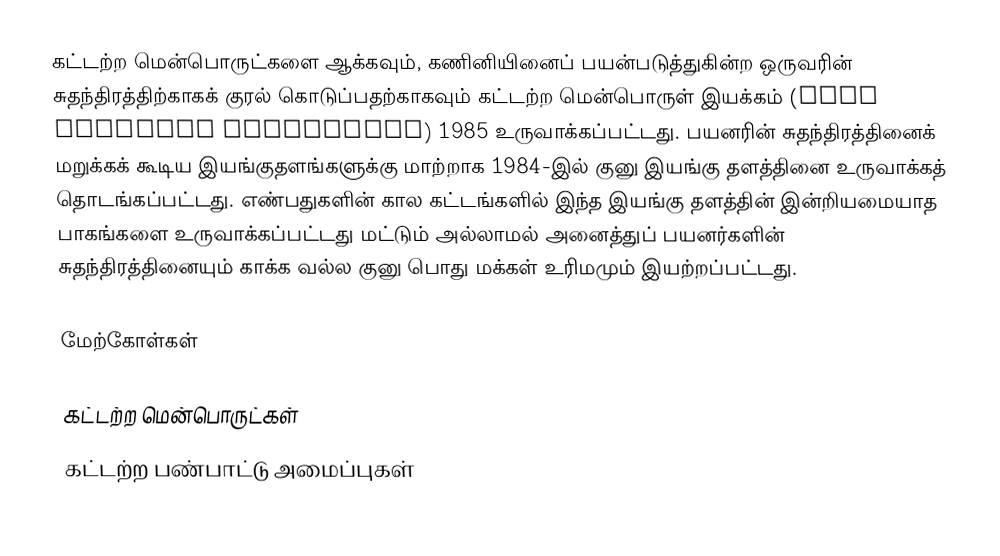
கட்டற்ற மென்பொருட்களை ஆக்கவும், கணினியினைப் பயன்படுத்துகின்ற ஒருவரின் சுதந்திரத்திற்காகக் குரல் கொடுப்பதற்காகவும் கட்டற்ற மென்பொருள் இயக்கம் (Free Software Foundation) 1985 உருவாக்கப்பட்டது. பயனரின் சுதந்திரத்தினைக் மறுக்கக் கூடிய இயங்குதளங்களுக்கு மாற்றாக 1984-இல் குனு இயங்கு தளத்தினை உருவாக்கத் தொடங்கப்பட்டது. எண்பதுகளின் கால கட்டங்களில் இந்த இயங்கு தளத்தின் இன்றியமையாத பாகங்களை உருவாக்கப்பட்டது மட்டும் அல்லாமல் அனைத்துப் பயனர்களின் சுதந்திரத்தினையும் காக்க வல்ல குனு பொது மக்கள் உரிமமும் இயற்றப்பட்டது.

மேற்கோள்கள்

கட்டற்ற மென்பொருட்கள்
கட்டற்ற பண்பாட்டு அமைப்புகள்